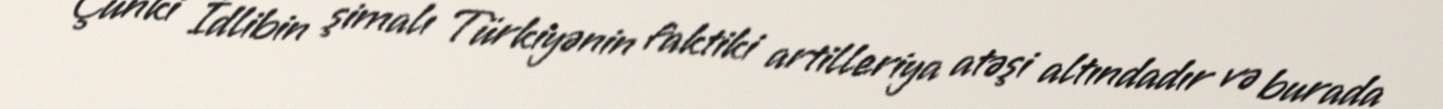
Çünki İdlibin şimalı Türkiyənin faktiki artilleriya atəşi altındadır və burada